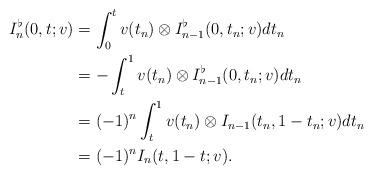
LaTeX: \begin{align*} I_n^\flat (0,t;v) & = \int_{0}^ t v(t_n) \otimes I_{n-1} ^\flat (0,t_n;v) d t_n \\ & =- \int_{t}^ 1 v(t_n) \otimes I_{n-1}^\flat (0,t_n;v) d t_n \\ &=(-1)^{n} \int_{t}^ 1 v(t_n) \otimes I _{n-1} (t_n,1 -t_n;v) d t_n \\ &=(-1)^{n} I_n (t,1-t;v). \end{align*}